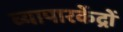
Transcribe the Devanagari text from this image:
व्यापारकेंद्रों